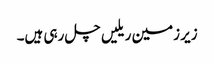
زیر زمین ریلیں چل رہی ہیں۔